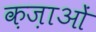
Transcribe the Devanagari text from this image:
क़ज़ाओं